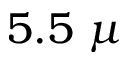
5 . 5 ~ \mu